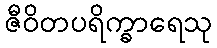
ဇီဝိတပရိက္ခာရေသု